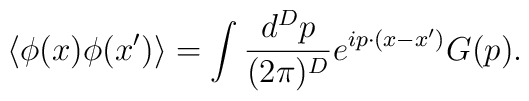
\left<        \phi(x)\phi(x')    \right>        =\int \frac{d^Dp}{(2\pi)^D}e^{ip\cdot (x-x')}G(p).